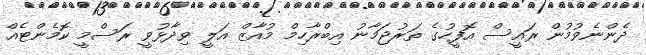
ދެންނެވުމުން ރައީސް އޮފީހުގެ ތަރުޖަމާނު އިބްރާހިމް މުއާޒް އަލީ ވިދާޅުވީ ރަސްމީ ކޮމެންޓެއް